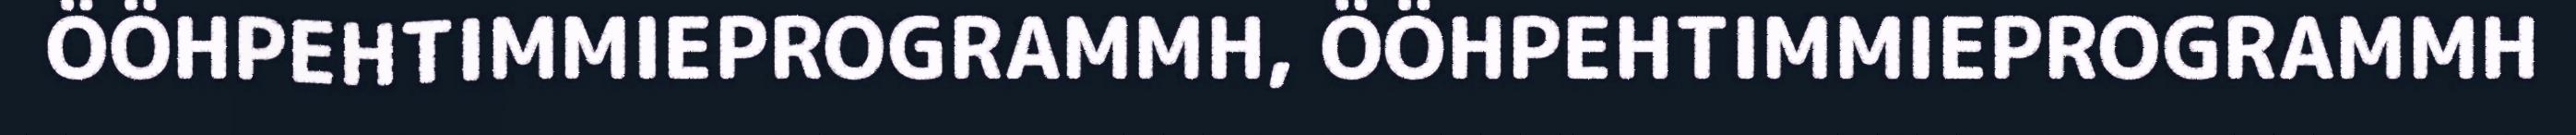
ÖÖHPEHTIMMIEPROGRAMMH, ÖÖHPEHTIMMIEPROGRAMMH